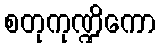
စတုကုဏ္ဍိကော